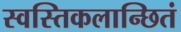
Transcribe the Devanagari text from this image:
स्वस्तिकलान्छितं